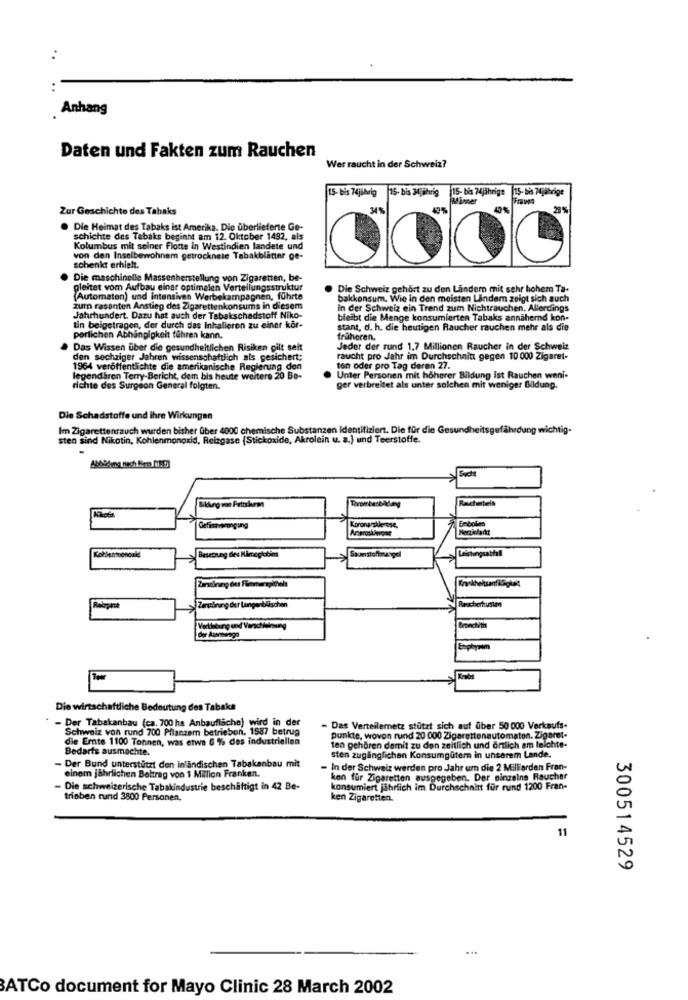
:
:
Anhang
Daten und Fakten zum Rauchen
Wer raucht in der Schweiz?
15- bis 74jährig 75- bis 34jährig 15- bis 74jährige 15- bis 74jährige
Minner
Frauen
Zur Geschichte des Tabaks
34%
20%
Die Heimat des Tabaks ist Amerika. Die überlieferte Ge-
schichte des Tabaks beginnt am 12. Oktober 1492, als
Kolumbus mit seiner Flotte In Westindien landete und
von den Inselbewohnem getrocknete Tabakblätter ge-
schenkt erhielt.
Die maschinelle Massenherstellung von Zigaretten, be-
gleitet vom Aufbau einer optimalen Verteilungsstruktur
Die Schweiz gehört zu den Ländern mit sehr hohem Ta-
(Automaten) und intensiven Werbekampagnen, führte
bakkonsum. Wie in den meisten Lindem zeigt sich auch
zum rasanten Anstieg des Zigarettenkonsums in diesem
in der Schweiz ein Trend zum Nichtrauchen. Allerdings
Jahrhundert. Dazu hat auch der Tabakschadstoff Niko-
bleibt die Menge konsumierten Tabaks annähernd kon-
igetragen, der durch das Inhalieren zu einer kör-
stant, d. h. die heutigen Raucher rauchen mehr als die
perlichen Abhängigkeit führen kann.
früheren.
Das Wissen über die gesundheitlichen Risiken gilt selt
Jeder der rund 1,7 Millionen Raucher in der Schweiz
den sechziger Jahren wissenschaftlich als gesichert:
raucht pro Jahr im Durchschnitt gegen 10 000 Zigaret-
1964 veröffentlichte die amerikanische Regierung den
ton oder pro Tag deren 27.
legendaren Terry-Bericht, dem bis heute weitere 20 Be-
Unter Personen mit höherer Bildung ist Rauchen weni-
richte des Surgeon General folgten.
ger verbreitet als unter solchen mit weniger Bildung.
Die Schadstoffe und ihre Wirkungen
Im Zigarettenrauch wurden bisher über 4000 chemische Substanzen identifiziert. Die für die Gesun
sten sind Nikotin, Kohlenmonoxid, Reizgase (Stickoxide, Akrolein u. a.) und Teerstoffe.
Rachatels
Gefisarranging
Kororu sklerose.
Besetzung des Mimoglobins
Leistungsabfall
Zarsibrung der Lungenbläschen
Raucherhusten
Bronchitis
Esphysem
Die wirtschaftliche Bedeutung des Tabaks
- Der Tabakanbau (ca. 700 ha Anbaufläche) wird in der
Schweiz von rund 700 Pflanzem betrieben. 1587 betrug
- Das Verteilemetz stützt sich auf über 50 000 Verkaufs-
die Ernte 1100 Tonnen, was etwa 6 % des industriellen
punkte, wovon rund 20 000 Zigarettenautomaten. Zigaret-
Bedarfs ausmachte.
tea gehören damit zu don zeitlich und ortlich am leichte-
sten zugänglichen Konsumgütern in unserem Lande.
- Der Bund unterstützt den inländischen Tabakanbau mit
- In der Schweiz werden pro Jahr um die 2 Milliarden Fran-
einem jährlichen Beitrag voo 1 Milion Franken.
kon für Zigaretten ausgegeben. Der einzelne Raucher
Die schweizerische Tabakindustrie beschäftigt in 42 Be-
konsumiert jährlich im Durchschnitt für rund 1200 Fran-
trieben rand 3800 Personen.
ken Zigaretten.
11
300514529
BATCo document for Mayo Clinic 28 March 2002